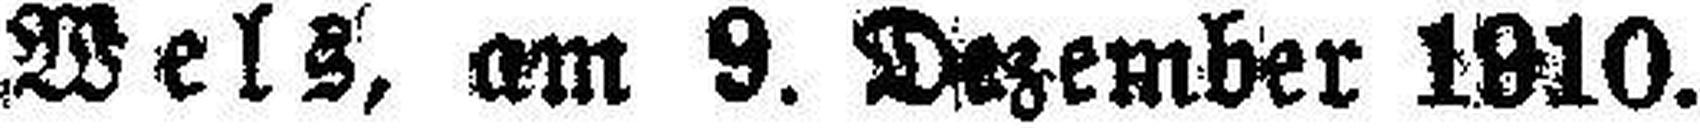
Wels, am 9. Dezember 1910.